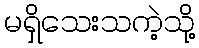
မရှိသေးသကဲ့သို့